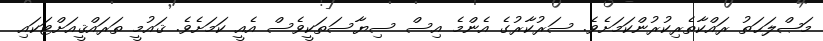
މަޞްލަޙަތު ރައްކާތެރިކުރުންކަމަށެވެ. ސަރުކާރުގެ އެންމެ އިސް ސިޔާސަތަކީވެސް އެއީ ކަމަށެވެ. ޤައުމީ ތަރައްޤީއަށްޓަކައި